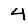
Digit: 4